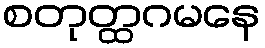
စတုတ္ထဂမနေ